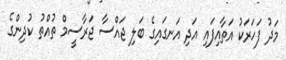
މަދު ފަހަރަކު އަތާއިފައި އަދި އަނގައިގެ ބަލި ޖައްސާ ޖަރާސީމް ތުއްތު ކުދިންގެ